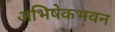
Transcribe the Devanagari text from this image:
अभिषेकभवन